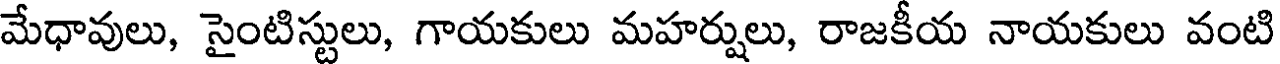
మేధావులు, సైంటిస్టులు, గాయకులు మహర్షులు, రాజకీయ నాయకులు వంటి